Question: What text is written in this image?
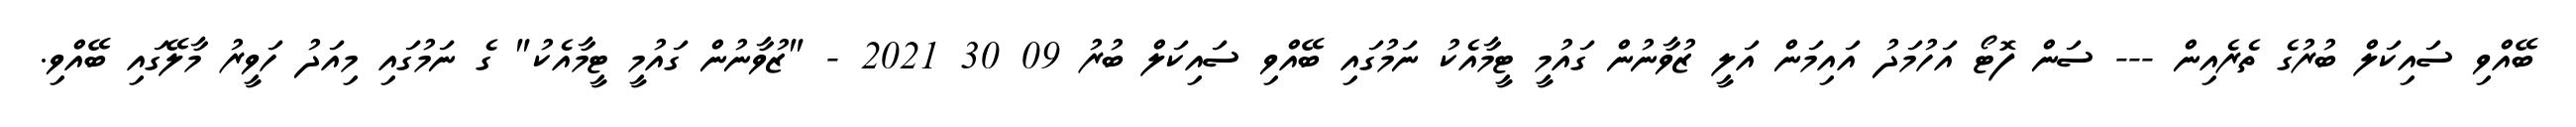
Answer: ބޭއްވި ސައިކަލް ބުރުގެ ތެރެއިން --- ސަން ފޮޓޯ އަހުމަދު އައިމަން އަލީ ޒުވާނުން ގައުމީ ޓީމާއެކު ނަމުގައި ބޭއްވި ސައިކަލް ބުރު 09 30 2021 - "ޒުވާނުން ގައުމީ ޓީމާއެކު" ގެ ނަމުގައި މިއަދު ހަވީރު މާލޭގައި ބޭއްވި.